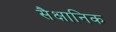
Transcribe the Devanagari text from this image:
सैक्षानिक